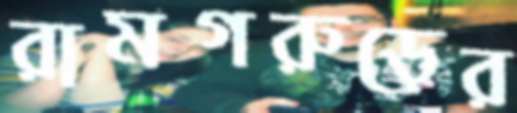
রামগরুড়ের